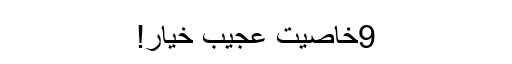
9خاصیت عجیب خیار!